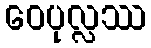
ဝေပုလ္လဿ